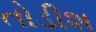
તોડીશ